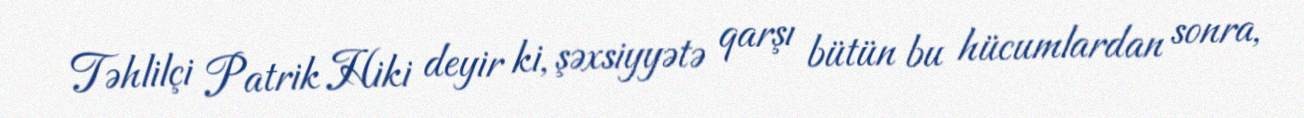
Təhlilçi Patrik Hiki deyir ki, şəxsiyyətə qarşı bütün bu hücumlardan sonra,